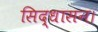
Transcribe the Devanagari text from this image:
सिद्धासन।